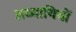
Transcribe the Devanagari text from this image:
अध्यायियों